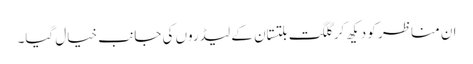
ان مناظر کو دیکھ کر گلگت بلتستان کے لیڈروں کی جانب خیال گیا۔